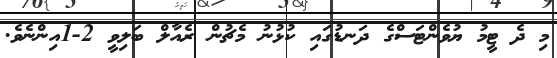
މި ދެ ޓީމު ޔުވެންޓަސްގެ ދަނޑުގައި ކުޅުނު މެޗުން ރެއާލް ބަލިވީ 2-1އިންނެވެ.